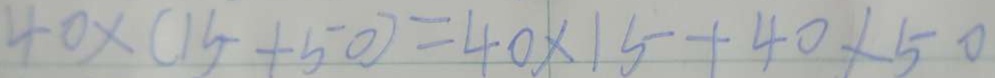
4 0 \times ( 1 5 + 5 0 ) = 4 0 \times 1 5 + 4 0 + 5 0